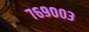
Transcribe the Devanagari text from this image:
७६९००३